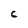
Character: C